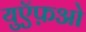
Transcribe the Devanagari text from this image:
युऍफ़ओ